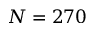
N = 2 7 0